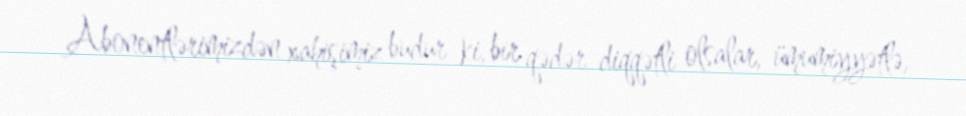
Abonentlərimizdən xahişimiz budur ki, bir qədər diqqətli olsalar, ümumiyyətlə,